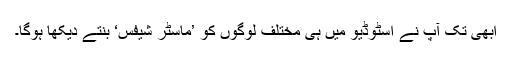
ابھی تک آپ نے اسٹوڈیو میں ہی مختلف لوگوں کو ’ماسٹر شیفس‘ بنتے دیکھا ہوگا۔